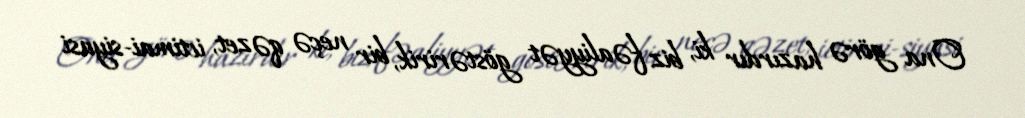
Ona görə hazırdır ki, biz fəaliyyət göstəririk, bir neçə qəzet, ictimai-siyasi